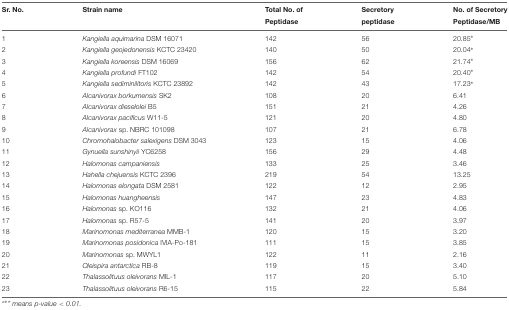
<table><thead><tr><td><b>Sr. No.</b></td><td><b>Strain name</b></td><td><b>Total No. of</b></td><td><b>Secretory</b></td><td><b>No. of Secretory</b></td></tr><tr><td></td><td></td><td><b>Peptidase</b></td><td><b>peptidase</b></td><td><b>Peptidase/MB</b></td></tr></thead><tbody><tr><td>1</td><td><i>Kangiella aquimarina</i> DSM 16071</td><td>142</td><td>56</td><td>20.85<sup>∗</sup></td></tr><tr><td>2</td><td><i>Kangiella geojedonensis</i> KCTC 23420</td><td>140</td><td>50</td><td>20.04<sup>∗</sup></td></tr><tr><td>3</td><td><i>Kangiella koreensis</i> DSM 16069</td><td>156</td><td>62</td><td>21.74<sup>∗</sup></td></tr><tr><td>4</td><td><i>Kangiella profundi</i> FT102</td><td>142</td><td>54</td><td>20.40<sup>∗</sup></td></tr><tr><td>5</td><td><i>Kangiella sediminilitoris</i> KCTC 23892</td><td>142</td><td>43</td><td>17.23<sup>∗</sup></td></tr><tr><td>6</td><td><i>Alcanivorax borkumensis</i> SK2</td><td>108</td><td>20</td><td>6.41</td></tr><tr><td>7</td><td><i>Alcanivorax dieselolei</i> B5</td><td>151</td><td>21</td><td>4.26</td></tr><tr><td>8</td><td><i>Alcanivorax pacificus</i> W11-5</td><td>121</td><td>20</td><td>4.80</td></tr><tr><td>9</td><td><i>Alcanivorax</i> sp. NBRC 101098</td><td>107</td><td>21</td><td>6.78</td></tr><tr><td>10</td><td><i>Chromohalobacter salexigens</i> DSM 3043</td><td>123</td><td>15</td><td>4.06</td></tr><tr><td>11</td><td><i>Gynuella sunshinyii</i> YC6258</td><td>156</td><td>29</td><td>4.48</td></tr><tr><td>12</td><td><i>Halomonas campaniensis</i></td><td>133</td><td>25</td><td>3.46</td></tr><tr><td>13</td><td><i>Hahella chejuensis</i> KCTC 2396</td><td>219</td><td>54</td><td>13.25</td></tr><tr><td>14</td><td><i>Halomonas elongata</i> DSM 2581</td><td>122</td><td>12</td><td>2.95</td></tr><tr><td>15</td><td><i>Halomonas huangheensis</i></td><td>147</td><td>23</td><td>4.83</td></tr><tr><td>16</td><td><i>Halomonas</i> sp. KO116</td><td>132</td><td>21</td><td>4.06</td></tr><tr><td>17</td><td><i>Halomonas</i> sp. R57-5</td><td>141</td><td>20</td><td>3.97</td></tr><tr><td>18</td><td><i>Marinomonas mediterranea</i> MMB-1</td><td>120</td><td>15</td><td>3.20</td></tr><tr><td>19</td><td><i>Marinomonas posidonica</i> IVIA-Po-181</td><td>111</td><td>15</td><td>3.85</td></tr><tr><td>20</td><td><i>Marinomonas</i> sp. MWYL1</td><td>122</td><td>11</td><td>2.16</td></tr><tr><td>21</td><td><i>Oleispira antarctica</i> RB-8</td><td>119</td><td>15</td><td>3.40</td></tr><tr><td>22</td><td><i>Thalassolituus oleivorans</i> MIL-1</td><td>117</td><td>20</td><td>5.10</td></tr><tr><td>23</td><td><i>Thalassolituus oleivorans</i> R6-15</td><td>115</td><td>22</td><td>5.84</td></tr></tbody></table>